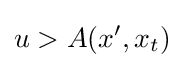
u>A(x',x_{t})